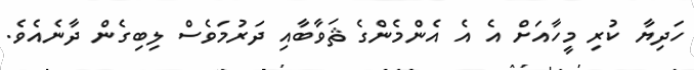
ހަދިޔާ ކުރި މީހާއަށް އެ އެ އެންމެންގެ ޘަވާބާއި ދަރުމަވެސް ލިބިގެން ދާނެއެވެ.